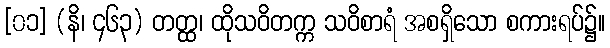
[၀၁] (နိ၊ ၄၆၃) တတ္ထ၊ ထိုသဝိတက္က သဝိစာရံ အစရှိသော စကားရပ်၌။